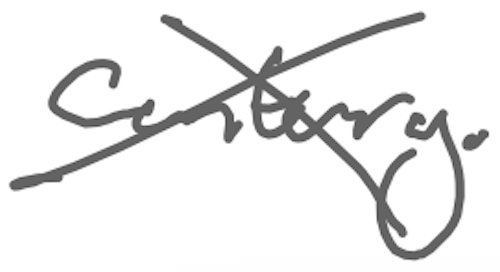
Text: century.
Cross-out: cross
Writing tool: digital_gray